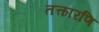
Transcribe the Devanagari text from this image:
तत्कारणि